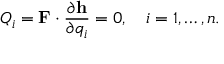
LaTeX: Q _ { i } = \mathbf { F } \cdot { \frac { \partial \mathbf { h } } { \partial q _ { i } } } = 0 , \quad i = 1 , \ldots , n .